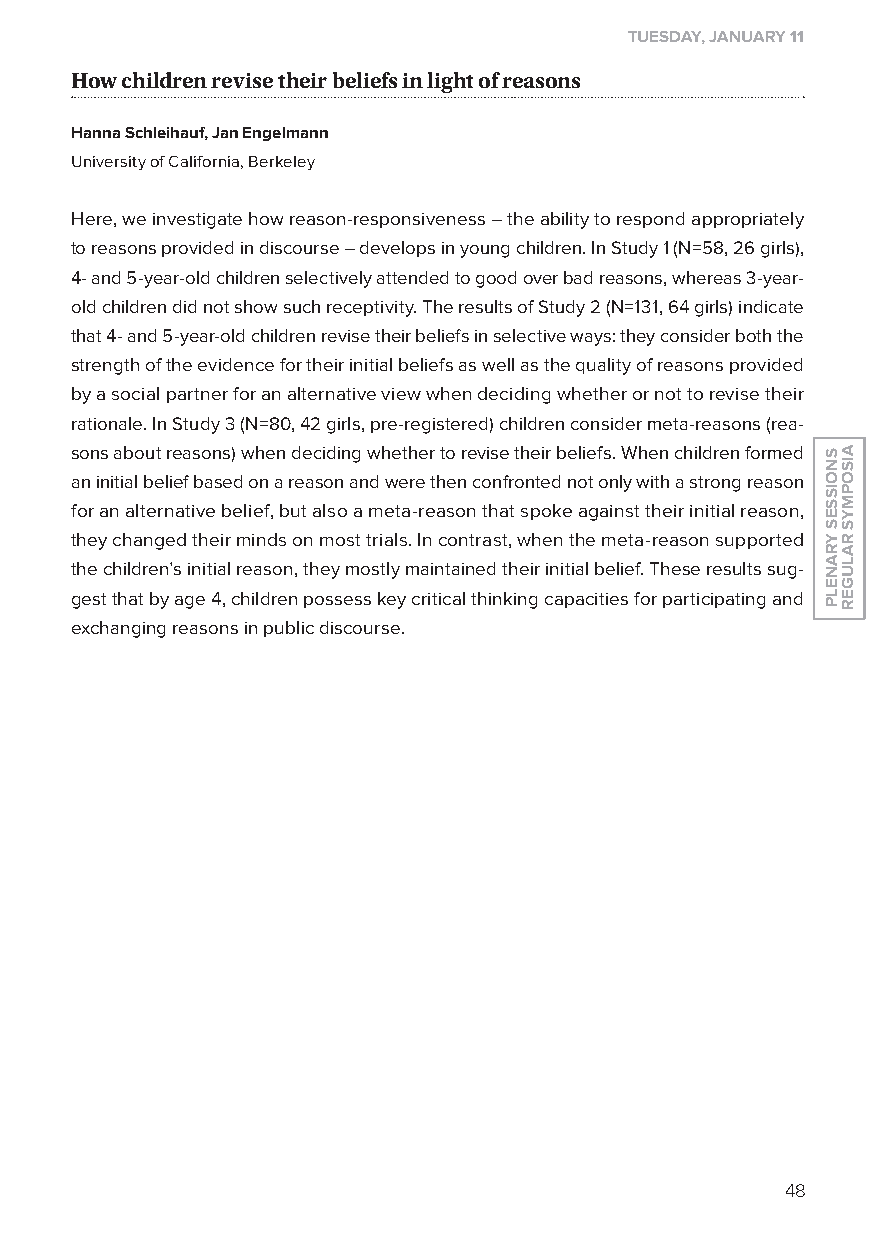
tuesday, January 11
 how children revise their beliefs in light of reasons
 Hanna Schleihauf, Jan Engelmann
 University of California, Berkeley
 Here, we investigate how reason-responsiveness – the ability to respond appropriately
 to reasons provided in discourse – develops in young children. In Study 1 (N=58, 26 girls),
 4- and 5-year-old children selectively attended to good over bad reasons, whereas 3-year-
 old children did not show such receptivity. The results of Study 2 (N=131, 64 girls) indicate
 that 4- and 5-year-old children revise their beliefs in selective ways: they consider both the
 strength of the evidence for their initial beliefs as well as the quality of reasons provided
 by a social partner for an alternative view when deciding whether or not to revise their
 rationale. In Study 3 (N=80, 42 girls, pre-registered) children consider meta-reasons (rea-
 sons about reasons) when deciding whether to revise their beliefs. When children formed
 an initial belief based on a reason and were then confronted not only with a strong reason
 for an alternative belief, but also a meta-reason that spoke against their initial reason,
 they changed their minds on most trials. In contrast, when the meta-reason supported
 the children’s initial reason, they mostly maintained their initial belief. These results sug-
 gest that by age 4, children possess key critical thinking capacities for participating and
 exchanging reasons in public discourse.
 48
 SnoiSSeS
 yranelP
 aiSoPMyS
 ralUGer